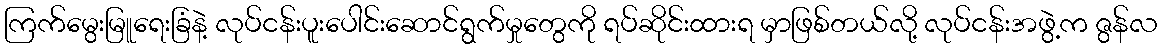
ကြက်မွေးမြူရေးခြံနဲ့ လုပ်ငန်းပူးပေါင်းဆောင်ရွက်မှုတွေကို ရပ်ဆိုင်းထားရ မှာဖြစ်တယ်လို့ လုပ်ငန်းအဖွဲ့က ဇွန်လ